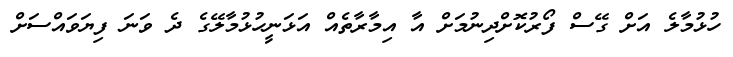
ހުޅުމާލެ އަށް ގޭސް ފޯރުކޮށްދިނުމަށް އާ އިމާރާތެއް އަޅަނީހުޅުމާލޭގެ ދެ ވަނަ ފިޔަވައްސަށް